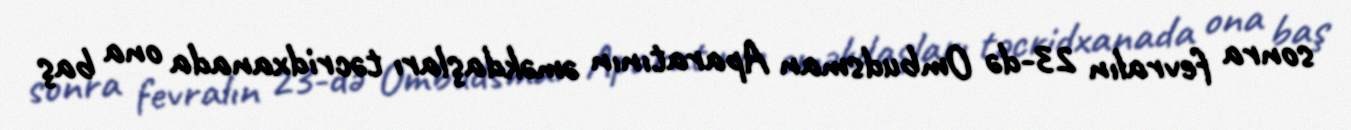
sonra fevralın 23-də Ombudsman Aparatının əməkdaşları təcridxanada ona baş